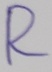
Text: R